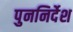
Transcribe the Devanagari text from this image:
पुननिर्देश